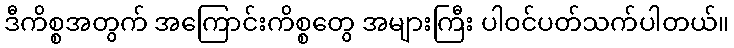
ဒီကိစ္စအတွက် အကြောင်းကိစ္စတွေ အများကြီး ပါဝင်ပတ်သက်ပါတယ်။